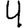
Digit: 4